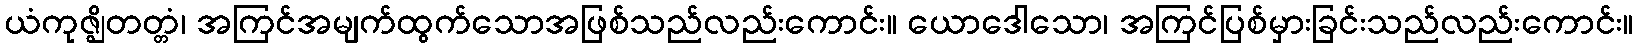
ယံကုဇ္ဈိတတ္တံ၊ အကြင်အမျက်ထွက်သောအဖြစ်သည်လည်းကောင်း။ ယောဒေါသော၊ အကြင်ပြစ်မှားခြင်းသည်လည်းကောင်း။